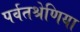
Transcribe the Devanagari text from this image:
पर्वतश्रेणिया